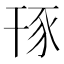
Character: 𧰪